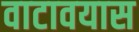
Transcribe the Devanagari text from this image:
वाटावयास